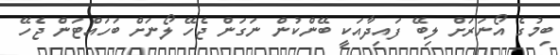
ބިމުގެ އޯނަރަށް ލިބޭ ފައިދާއަކީ ބޭންކުންް ނަގަން ޖެހޭ ލޯނަށް ބަހައްޓަން ޖެހޭ